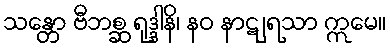
သန္တော ဗီဘစ္ဆ ရုဒ္ဒါနိ၊ နဝ နာဋျရသာ ဣမေ။